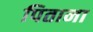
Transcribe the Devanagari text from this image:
पिताना